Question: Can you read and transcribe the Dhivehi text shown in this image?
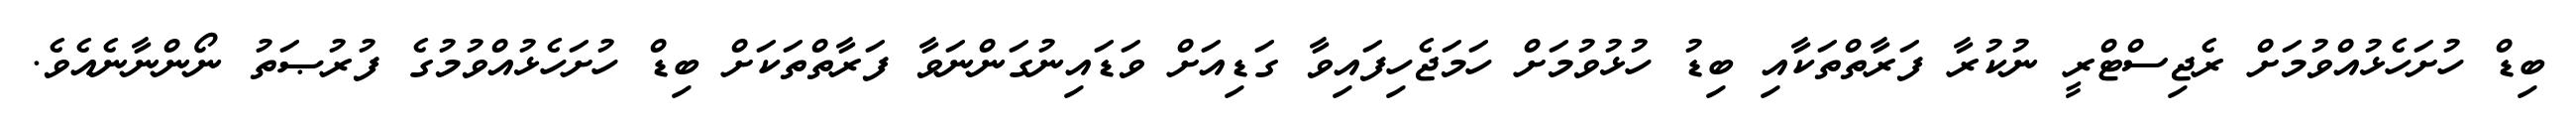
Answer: ބިޑް ހުށަހެޅުއްވުމަށް ރެޖިސްޓްރީ ނުކުރާ ފަރާތްތަކާއި ބިޑު ހުޅުވުމަށް ހަމަޖެހިފައިވާ ގަޑިއަށް ވަޑައިނުގަންނަވާ ފަރާތްތަކަށް ބިޑް ހުށަހެޅުއްވުމުގެ ފުރުޞަތު ނޯންނާނެއެވެ.